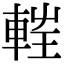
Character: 𨌂